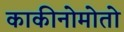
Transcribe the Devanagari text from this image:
काकीनोमोतो